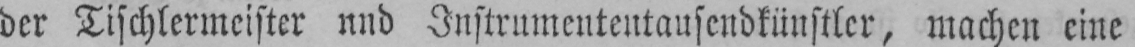
der Tischlermeister und Instrumententausendkünstler, machen eine